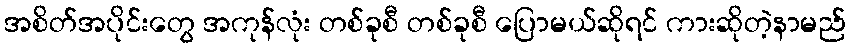
အစိတ်အပိုင်းတွေ အကုန်လုံး တစ်ခုစီ တစ်ခုစီ ပြောမယ်ဆိုရင် ကားဆိုတဲ့နာမည်